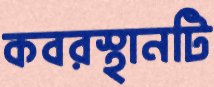
কবরস্থানটি